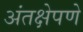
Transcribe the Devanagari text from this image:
अंतक्षेपणे